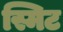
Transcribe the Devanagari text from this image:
स्मिट